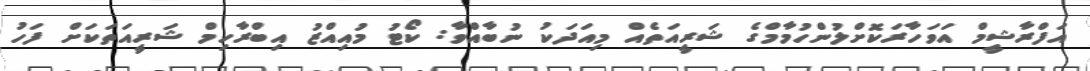
އަފްރާޝީމް އަވަހާރަކޮށްލުންހުމާމްގެ ޝަރީއަތެއް މިއަދަކު ނުބާއްވާ: ކޯޓު މުއިއްޒު އިބްރާހިމް ޝަރީއަތަކަށް ފަހު